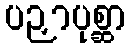
ပဉှာပုစ္ဆာ